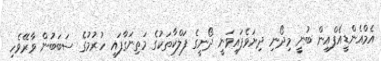
އެމްއެންޑީއެފްއިން ބުނީ މިދޯނި ދިޔަވެފައިވަނީ ދޯނީގެ ފަލްކާތަކުގެ މަތިނަގާފައި ހުރުމުގެ ސަބަބުން ވާރޭވެހި